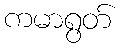
ကမာရွတ်